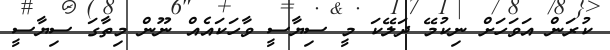
ކުރަން އަވަހަށް ނިކުމޭ ދަލޭކަ މީ ސިޔާސީ ވާހަކައެއް ނޫން މިތާގަ ސިޔާސީ